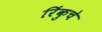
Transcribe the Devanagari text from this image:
रिंकुचे